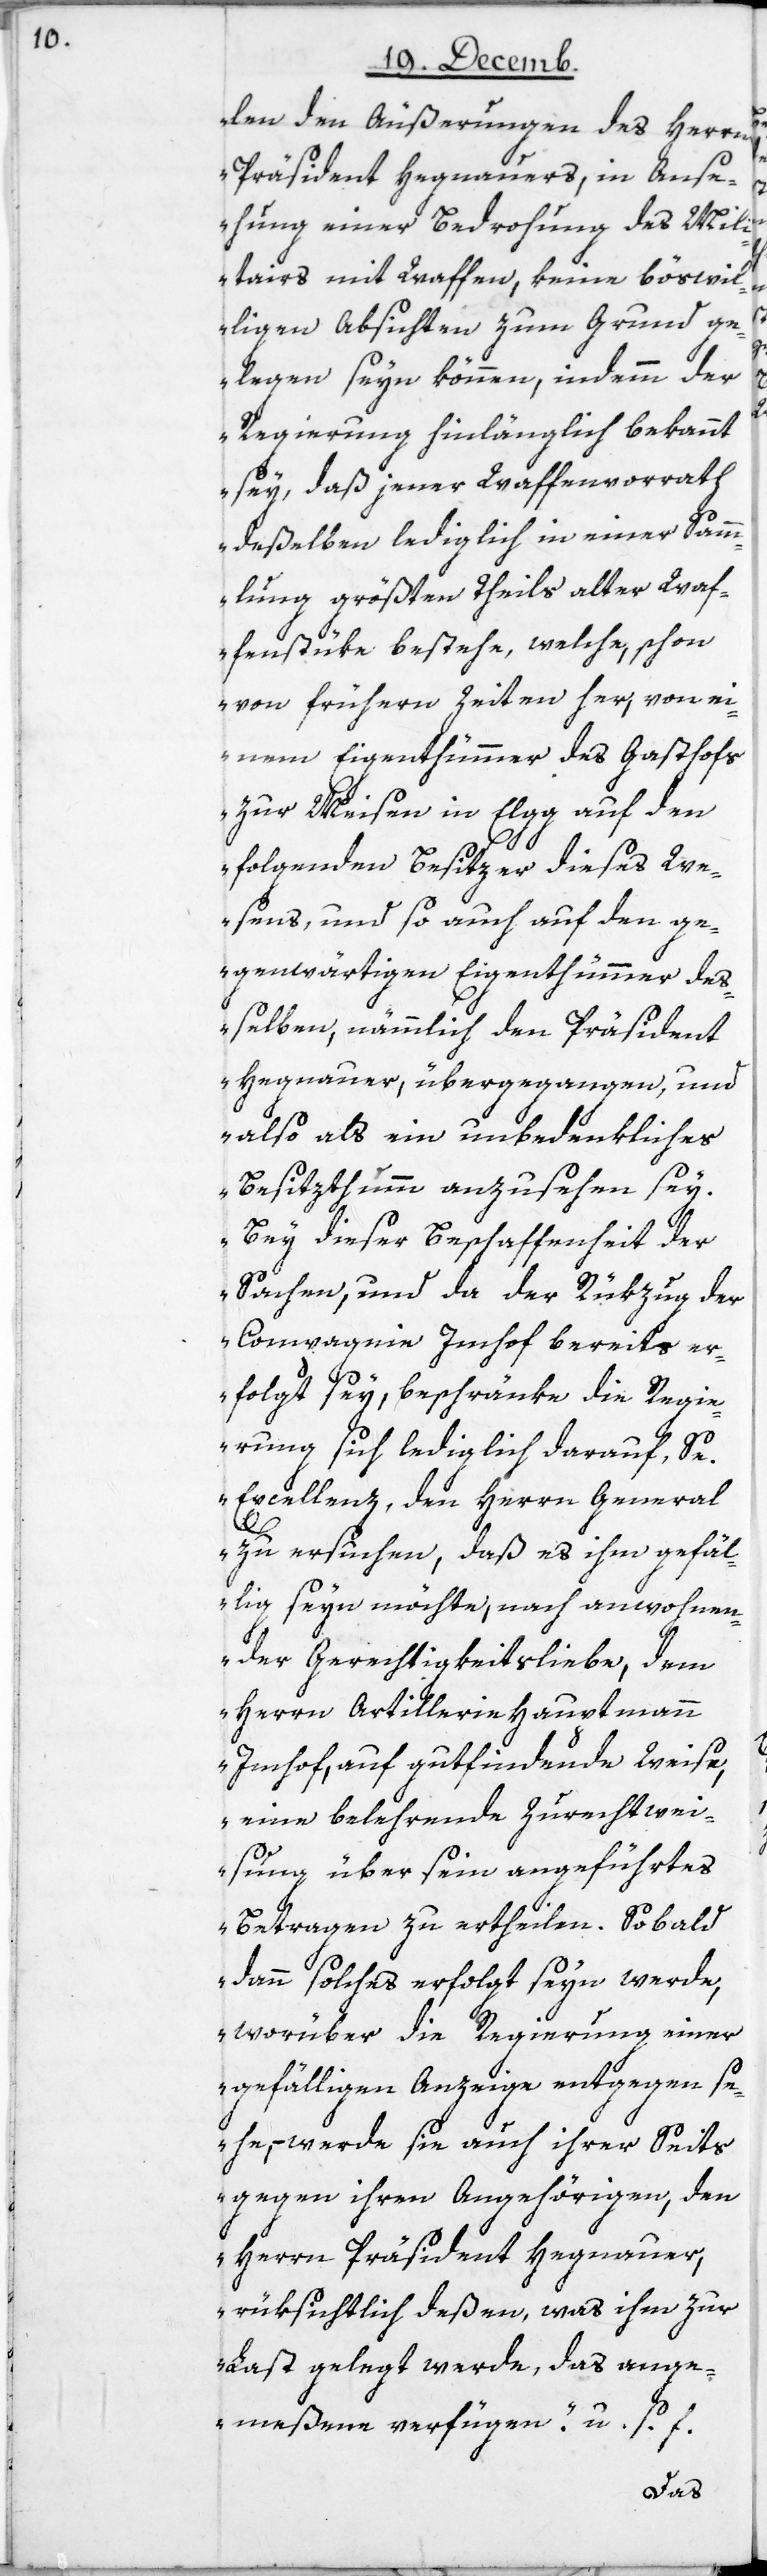
len den Äußerungen des Herrn
Präsident Hegnauers, in Ans¬
ehung einer Bedrohung des Mili¬
tairs mit Waffen, keine böswil¬
ligen Absichten zum Grund ge¬
legen seyn können, indemm der
Regierung hinlänglich bekannt
sey, daß jener Waffenvorrath
deßelben lediglich in einer Sam¬
mlung, grössten Theils alter Waf¬
fenstüke bestehe, welche, schon
von frühern Zeiten her, von ei¬
nem Eigentümmer des Gasthofs
zur Meisen in Elgg auf den
folgenden Besitzer dieses We¬
sens, und so auch auf den ge¬
genwärtigen Eigentümmer de¬
ßelben, nämmlich den Präsident
Hegnauer, übergegangen, und
also als ein unbedenkliches
Besitzthumm anzusehen sey.
Bey dieser Beschaffenheit der
Sachen, und da der Rükzug der
Compagnie Imhof bereits er¬
folgt sey, beschränke die Regi¬
erung sich lediglich darauf, Se.
Excellenz den Herrn General
zu ersuchen, daß es ihm gefäl¬
lig seyn möchte, nach anwohnen¬
der Gerechtigkeitsliebe, dem
Herrn Artilleriehauptmann
Imhof, auf gutfindende Weise,
eine belehrende Zurechtwei¬
sung über sein angeführtes
Betragen zu ertheilen. Sobald
dann solches erfolgt seyn werde,
worüber die Regierung einer
gefälligen Anzeige entgegen se¬
he, – werde sie auch ihrer Seits
gegen ihren Angehörigen, den
Herrn Präsident Hegnauer,
rücksichtlich deßen, was ihm zur
Last gelegt werde, das ange¬
meßene verfügen“. u. s. f.